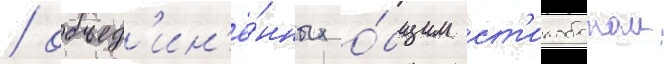
/ объед'ин'ё́нных о́бщим ст'илобатом